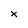
Character: X